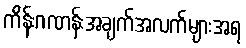
ကိန်းဂဏန်းအချက်အလက်များအရ